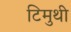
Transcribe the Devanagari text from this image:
टिमुथी